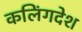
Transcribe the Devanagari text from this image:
कलिंगदेश